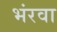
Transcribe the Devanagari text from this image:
भंरवा